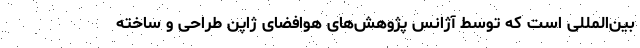
بین‌المللی است که توسط آژانس پژوهش‌های هوافضای ژاپن طراحی و ساخته